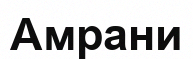
Амрани